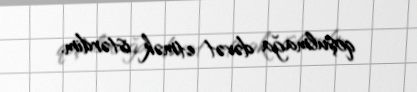
qoşulmağa dəvət etmək istərdim.